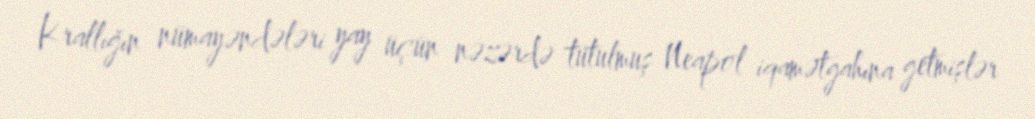
Krallığın nümayəndələri yay üçün nəzərdə tutulmuş Neapol iqamətgahına getmişlər